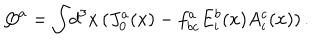
Q ^ { a } = \int \! d ^ { 3 } x \, ( J _ { 0 } ^ { a } ( x ) - f _ { b c } ^ { a } E _ { i } ^ { b } ( x ) A _ { i } ^ { c } ( x ) ) \, .